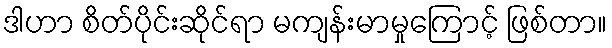
ဒါဟာ စိတ်ပိုင်းဆိုင်ရာ မကျန်းမာမှုကြောင့် ဖြစ်တာ။